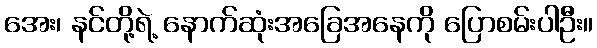
အေး၊ နင်တို့ရဲ့ နောက်ဆုံးအခြေအနေကို ပြောစမ်းပါဦး။